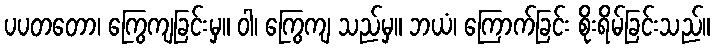
ပပတတော၊ ကြွေကျခြင်းမှ။ ဝါ၊ ကြွေကျ သည်မှ။ ဘယံ၊ ကြောက်ခြင်း စိုးရိမ်ခြင်းသည်။